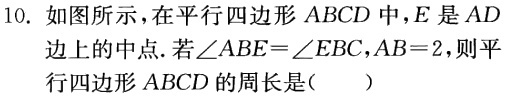
10. 如图所示，在平行四边形 \(ABCD\) 中，\(E\) 是 \(AD\) 边上的中点. 若\(\angle ABE = \angle EBC\)，\(AB = 2\)，则平行四边形 \(ABCD\) 的周长是（  ）